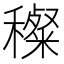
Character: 𥢽